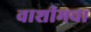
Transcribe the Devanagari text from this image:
वाशीमचा